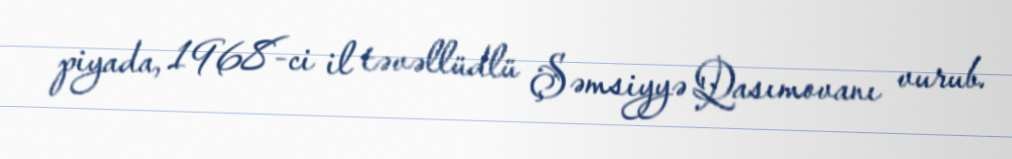
piyada, 1968-ci il təvəllüdlü Şəmsiyyə Qasımovanı vurub.